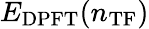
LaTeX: E_{\mathrm{DPFT}}(n_{\mathrm{TF}})